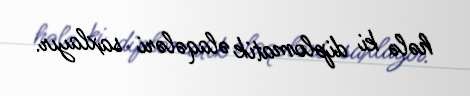
hələ ki diplomatik əlaqələri saxlayır.